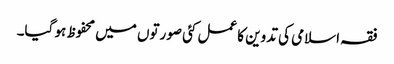
فقہ اسلامی کی تدوین کا عمل کئی صورتوں میں محفوظ ہو گیا۔